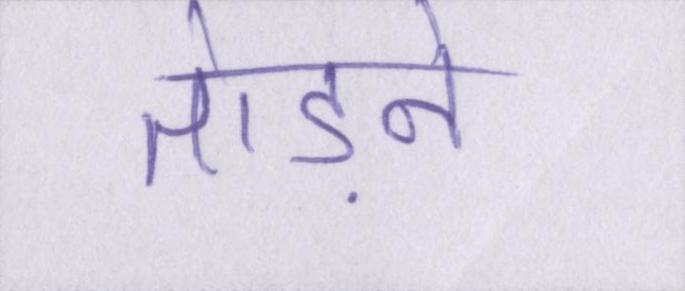
तोड़ने